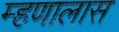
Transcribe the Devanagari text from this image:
म्हणालास